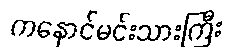
ကနောင်မင်းသားကြီး